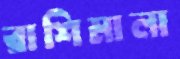
রাশিমালা